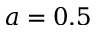
a = 0 . 5